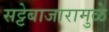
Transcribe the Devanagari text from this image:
सट्टेबाजारामुळे